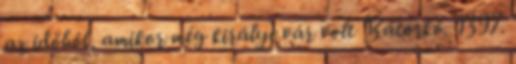
az időből, amikor még királyi vár volt Bátorkő. 1397.